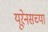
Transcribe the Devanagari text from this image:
यूरेनसच्या